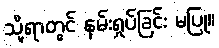
သို့ရာတွင် နမ်းရှုပ်ခြင်း မပြု။